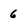
Character: 6